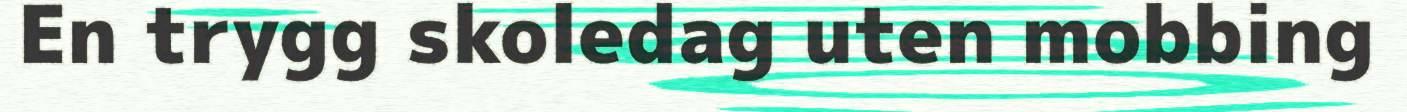
En trygg skoledag uten mobbing